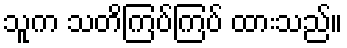
သူက သတိကြပ်ကြပ် ထားသည်။